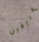
غريفين